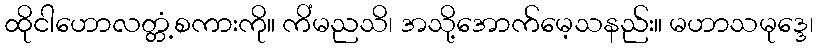
ထိုငါဟောလတ္တံ့စကားကို။ ကိံမညသိ၊ အသို့အောက်မေ့သနည်း။ မဟာသမုဒ္ဒေ၊